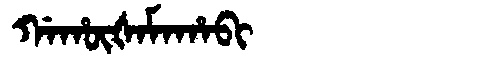
Manchu: ᡤᠠᡥᡡᡧᠠᠮᠠᡥᠠᠪᡳ
Romanization: GAHŪŠAMAHABI